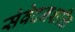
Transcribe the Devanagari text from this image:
संवेदनशक्ति